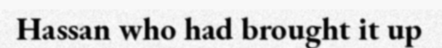
Hassan who had brought it up